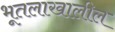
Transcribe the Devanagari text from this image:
भूतलाखालील